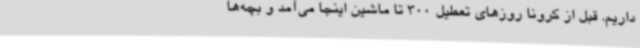
داریم. قبل از کرونا روزهای تعطیل 300 تا ماشین اینجا می‌آمد و بچه‌ها